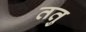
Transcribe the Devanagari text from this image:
ततु